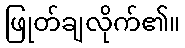
ဖြုတ်ချလိုက်၏။